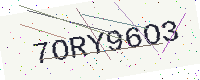
Text: 7ORY96O3